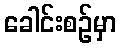
ခေါင်းစဉ်မှာ